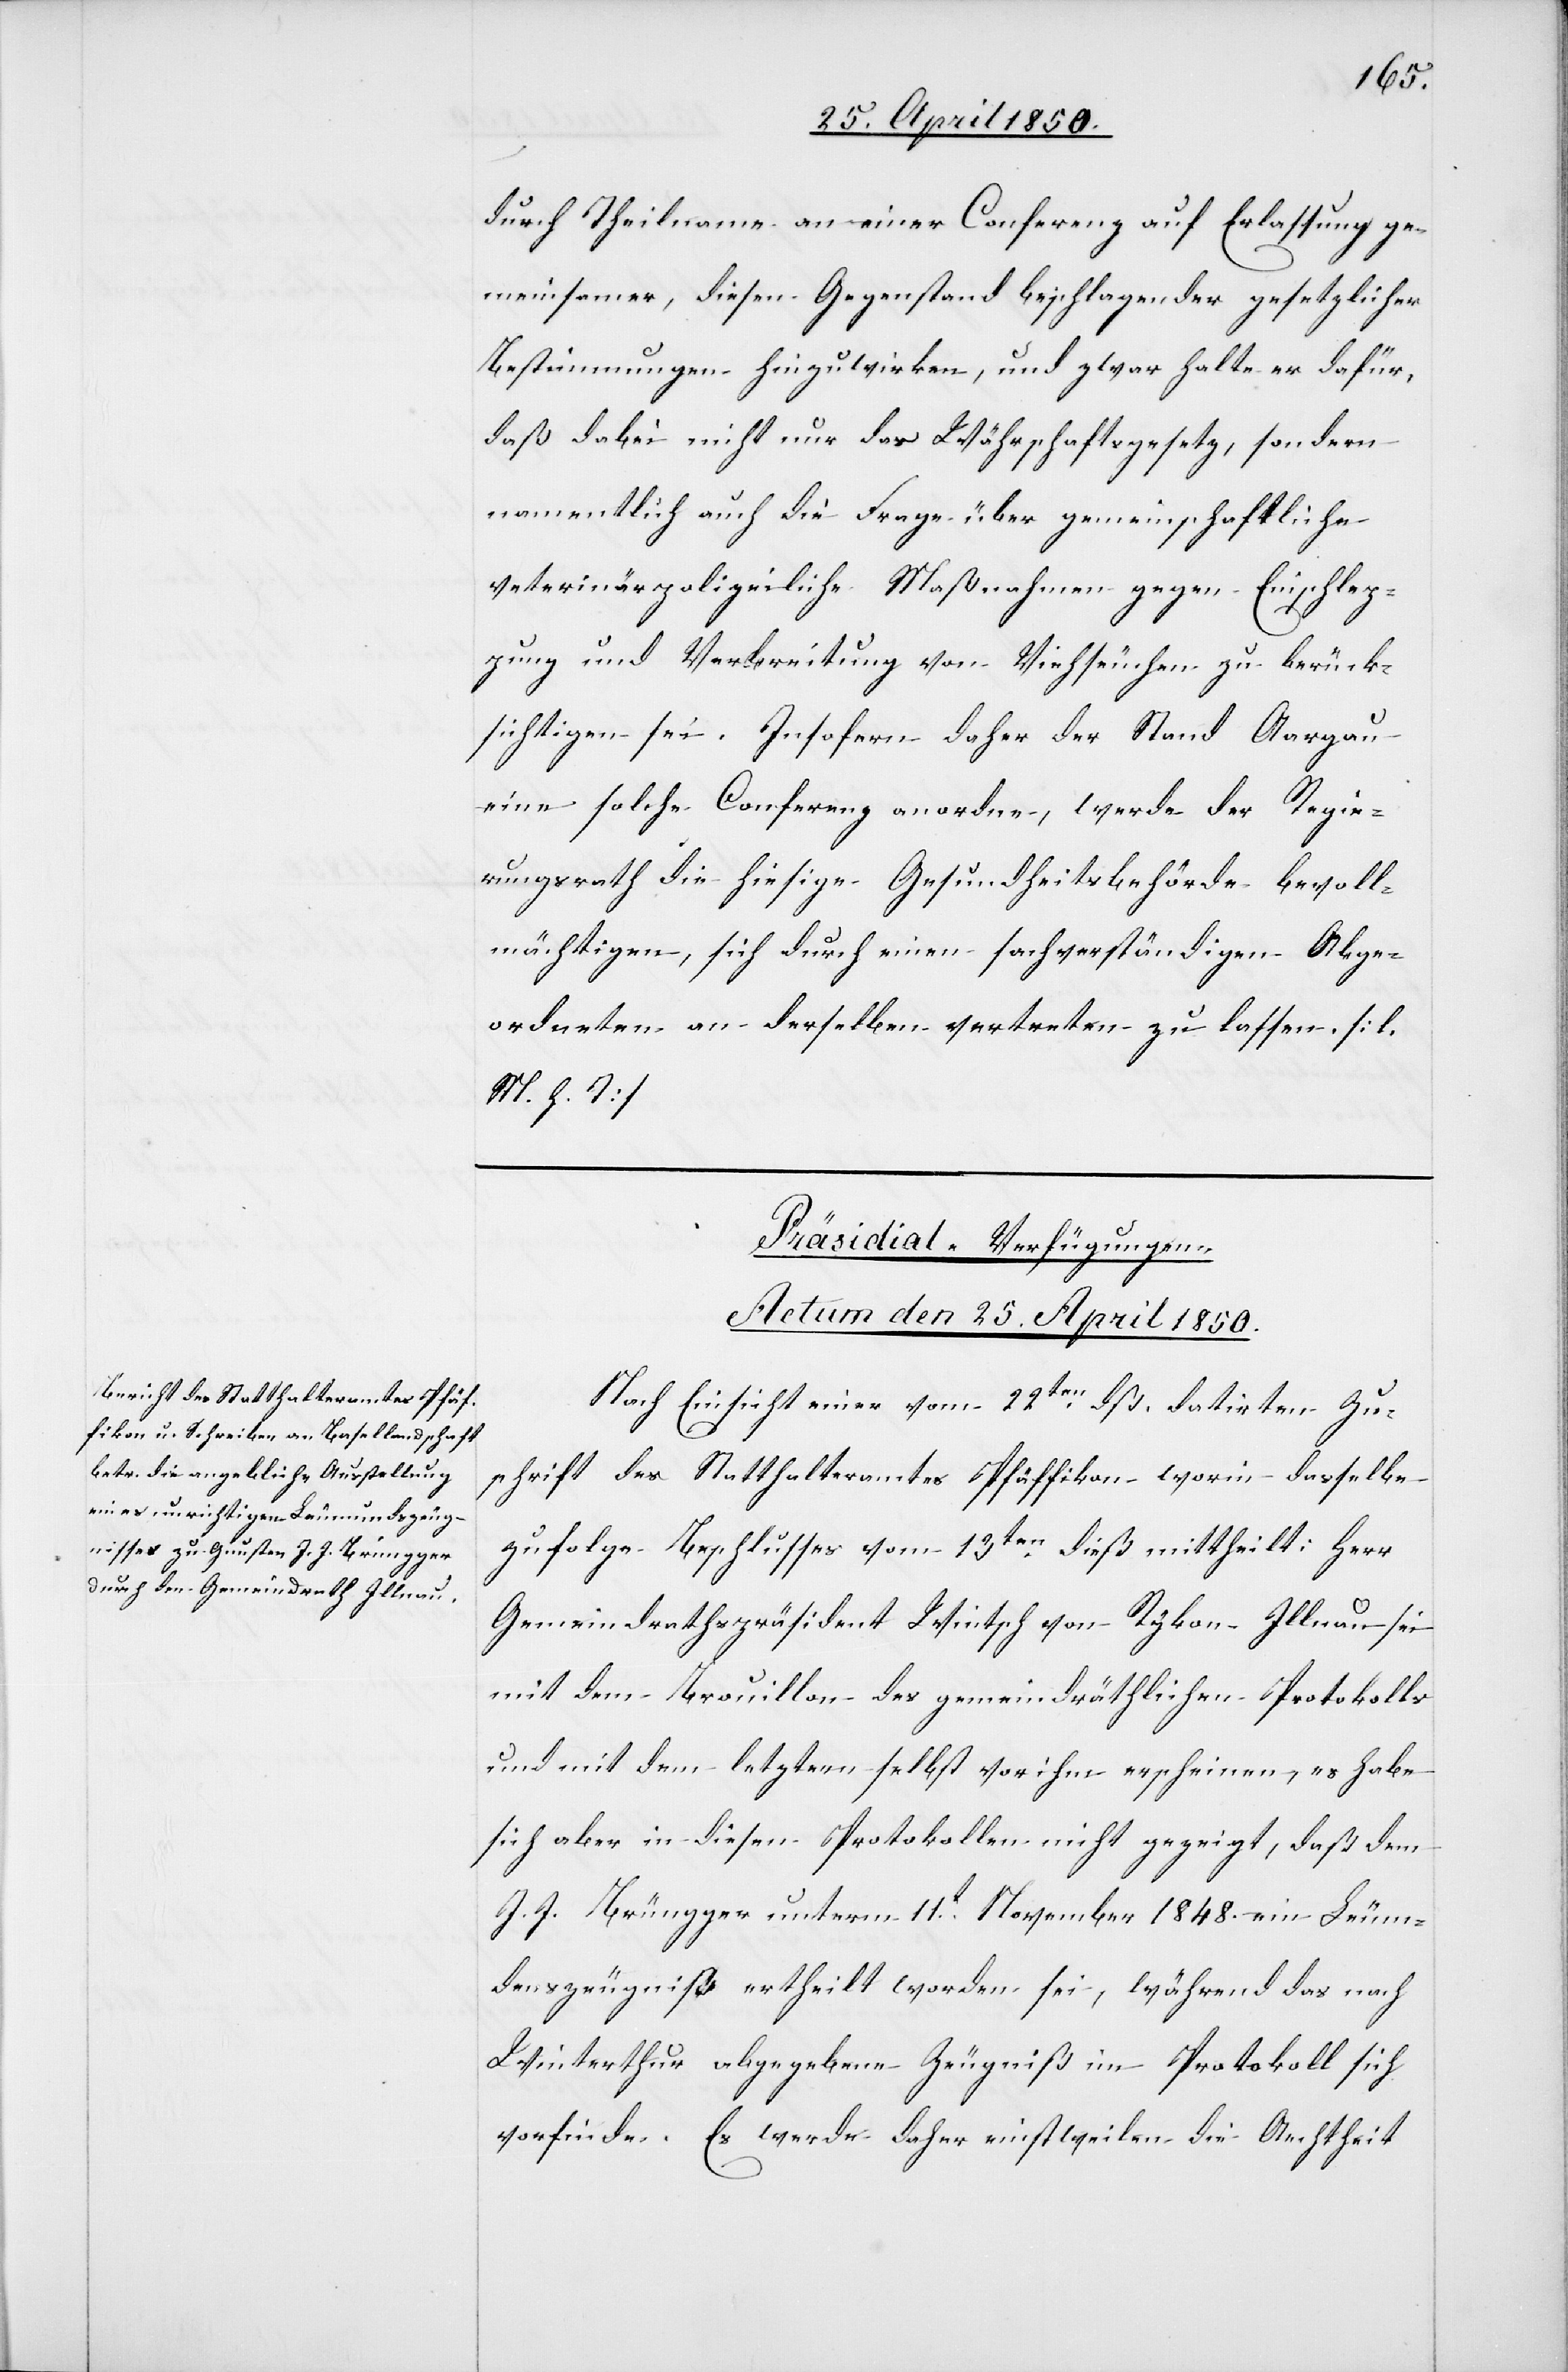
durch Theilname an einer Conferenz auf Erlassung ge¬
meinsamer, diesen Gegenstand beschlagender gesetzlicher
Bestimmungen hinzuwirken, und zwar halte er dafür,
daß dabei nicht nur das Währschaftsgesetz, sondern
namentlich auch die Frage über gemeinschaftliche
veterinärpolizeiliche Maßnahmen gegen Einschlep¬
pung und Verbreitung von Viehseuchen zu berück¬
sichtigen sei. Insofern daher der Stand Aargau
eine solche Conferenz anordne, werde der Regie¬
rungsrath die hiesige Gesundheitsbehörde bevoll¬
mächtigen, sich durch einen sachverständigen Abge¬
ordneten an derselben vertreten zu lassen [l.
M. h. T]
Präsidial-Verfügungen.
Actum den 25. April 1850.
Nach Einsicht einer vom 22ten dß. datirten Zu¬
schrift des Statthalteramtes Pfäffikon worin dasselbe
zufolge Beschlusses vom 13ten dieß mittheilt: Herr
Gemeindrathspräsident Wintsch von Rykon Illnau sei
mit dem Brouillon des gemeindräthlichen Protokolls
und mit dem letztern selbst vor ihm erscheinen [recte:
sich aber in diesen Protokollen nicht gezeigt, daß dem
J. J. Brüngger unterm 11t November 1848. ein Leum¬
denszeugniß ertheilt worden sei, während das nach
Winterthur abgegebene Zeugniß im Protokoll sich
vorfinde. Es werde daher einstweilen die Aechtheit